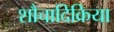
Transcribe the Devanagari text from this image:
शौचादिक्रिया